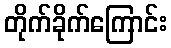
တိုက်ခိုက်ကြောင်း